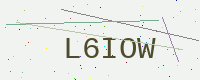
Text: L6IOW